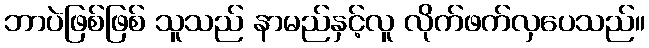
ဘာပဲဖြစ်ဖြစ် သူသည် နာမည်နှင့်လူ လိုက်ဖက်လှပေသည်။